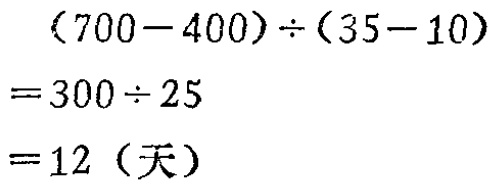
\[
\begin{align*}
&(700 - 400)\div(35 - 10)\\
=&300\div25\\
=&12 \text{（天）}
\end{align*}
\]